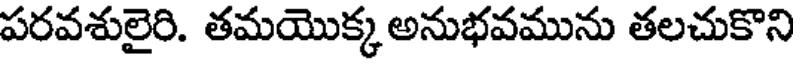
పరవశులైరి. తమయొక్క అనుభవమును తలచుకొని